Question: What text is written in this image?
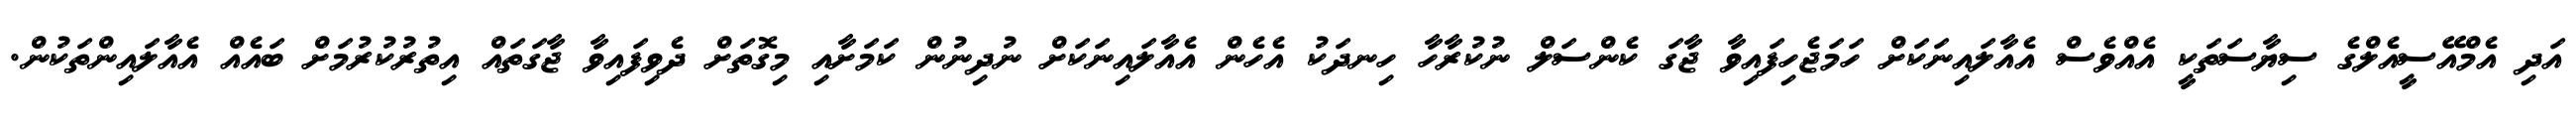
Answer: އަދި އެމްއޭސީއެލްގެ ސިޔާސަތަކީ އެއްވެސް އެއާލައިނަކަށް ހަމަޖެހިފައިވާ ޖާގަ ކެންސަލް ނުކުރާހާ ހިނދަކު އެހެން އެއާލައިނަކަށް ނުދިނުން ކަމަށާއި މިގޮތަށް ދެވިފައިވާ ޖާގަތައް އިތުރުކުރުމަށް ބައެއް އެއާލައިންތަކުން.